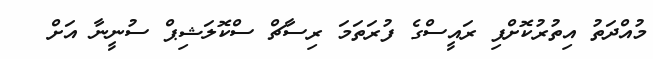
މުއްދަތު އިތުރުކޮށްފި ރައީސްގެ ފުރަތަމަ ރިސާޗް ސްކޮލަޝިޕް ސުނީނާ އަށް